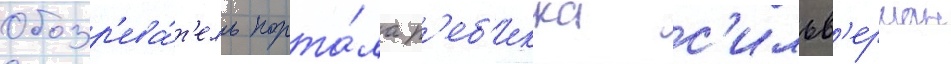
Обозр'ева́т'ель порта́ла р'еб'екка с'ильв'ерман